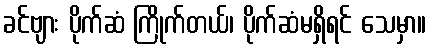
ခင်ဗျား ပိုက်ဆံ ကြိုက်တယ်၊ ပိုက်ဆံမရှိရင် သေမှာ။